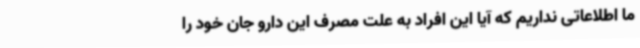
ما اطلاعاتی نداریم که آیا این افراد به علت مصرف این دارو جان خود را